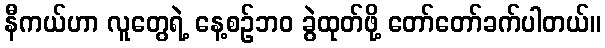
နီကယ်ဟာ လူတွေရဲ့ နေ့စဉ်ဘဝ ခွဲထုတ်ဖို့ တော်တော်ခက်ပါတယ်။